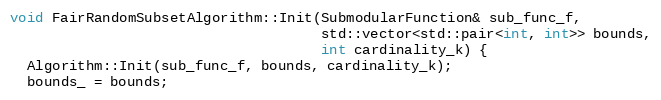
Language: C++
void FairRandomSubsetAlgorithm::Init(SubmodularFunction& sub_func_f,
                                     std::vector<std::pair<int, int>> bounds,
                                     int cardinality_k) {
  Algorithm::Init(sub_func_f, bounds, cardinality_k);
  bounds_ = bounds;